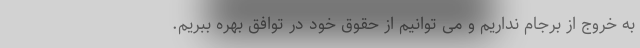
به خروج از برجام نداریم و می توانیم از حقوق خود در توافق بهره ببریم.